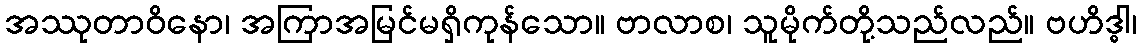
အဿုတာဝိနော၊ အကြာအမြင်မရှိကုန်သော။ ဗာလာစ၊ သူမိုက်တို့သည်လည်။ ဗဟိဒ္ဓါ၊